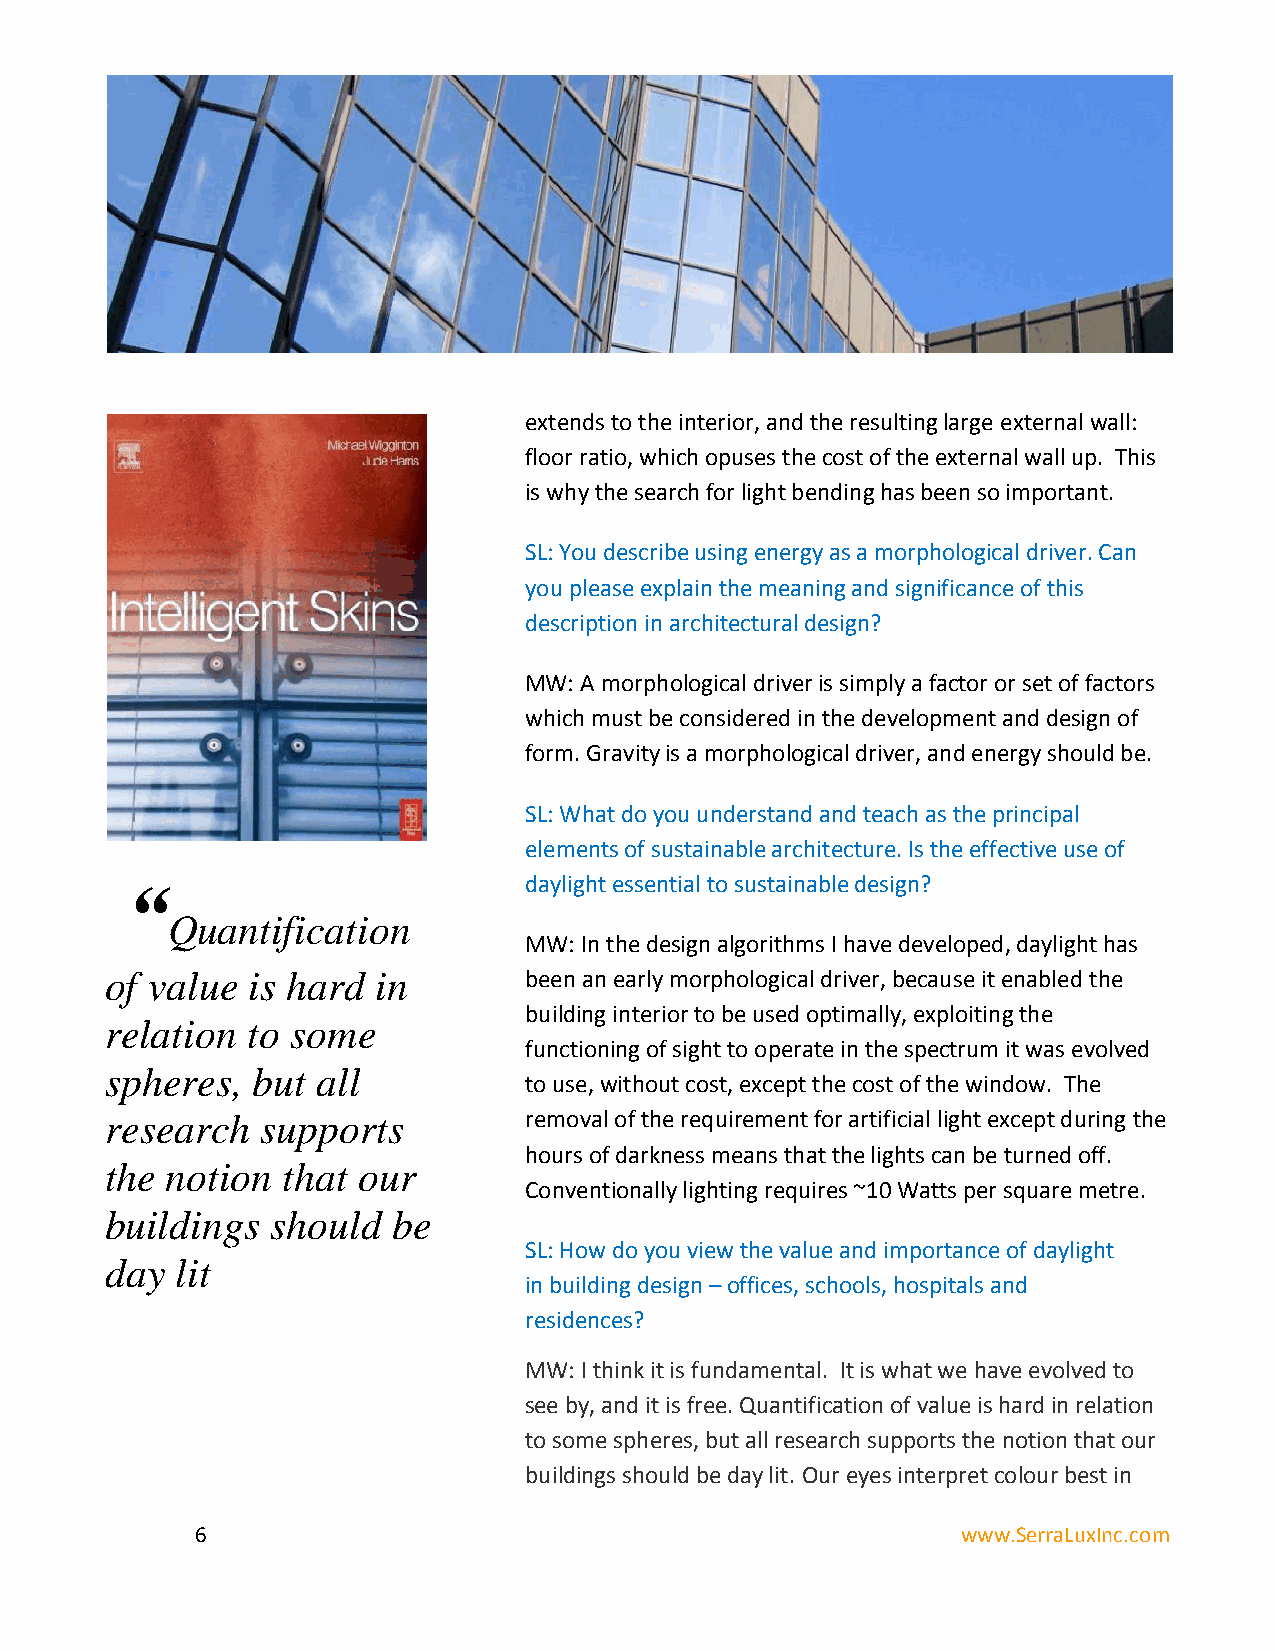
extends to the interior, and the resulting large external wall:
 floor ratio, which opuses the cost of the external wall up. This
 is why the search for light bending has been so important.
 SL: You describe using energy as a morphological driver. Can
 you please explain the meaning and significance of this
 description in architectural design?
 MW: A morphological driver is simply a factor or set of factors
 which must be considered in the development and design of
 form. Gravity is a morphological driver, and energy should be.
 SL: What do you understand and teach as the principal
 elements of sustainable architecture. Is the effective use of
 “                          daylight essential to sustainable design?
 Quantification
 MW: In the design algorithms I have developed, daylight has
 of value is hard  in        been an early morphological driver, because it enabled the
 building interior to be used optimally, exploiting the
 relation to some
 functioning of sight to operate in the spectrum it was evolved
 spheres,  but all
 to use, without cost, except the cost of the window. The
 research  supports          removal of the requirement for artificial light except during the
 hours of darkness means that the lights can be turned off.
 the notion  that our
 Conventionally lighting requires ~10 Watts per square metre.
 buildings  should  be
 SL: How do you view the value and importance of daylight
 day  lit
 in building design – offices, schools, hospitals and
 residences?
 MW: I think it is fundamental. It is what we have evolved to
 see by, and it is free. Quantification of value is hard in relation
 to some spheres, but all research supports the notion that our
 buildings should be day lit. Our eyes interpret colour best in
 6                                                  www.SerraLuxInc.com